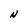
Character: N